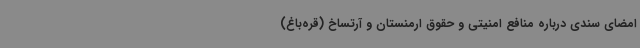
امضای سندی درباره منافع امنیتی و حقوق ارمنستان و آرتساخ (قره‌باغ)